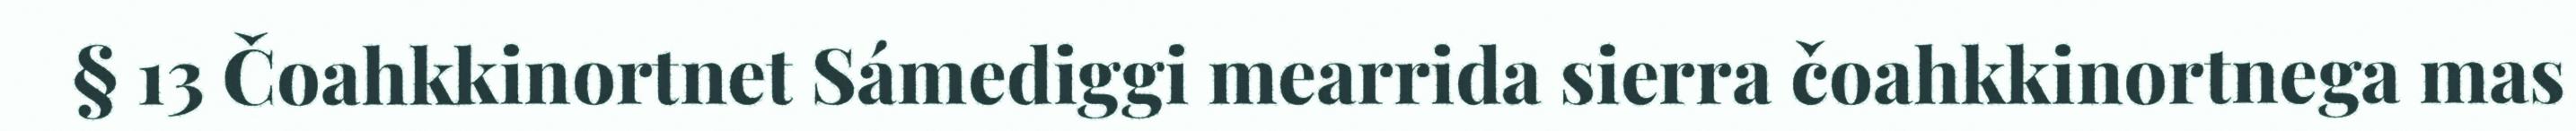
§ 13 Čoahkkinortnet Sámediggi mearrida sierra čoahkkinortnega mas